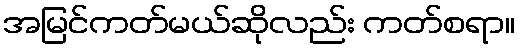
အမြင်ကတ်မယ်ဆိုလည်း ကတ်စရာ။